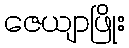
ဇေယျာဖြိုး